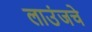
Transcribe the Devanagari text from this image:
लाउंजचे